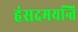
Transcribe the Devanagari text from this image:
हंसदमयन्ति